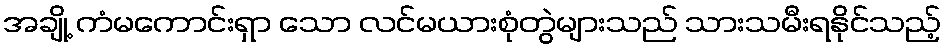
အချို့ ကံမကောင်းရှာ သော လင်မယားစုံတွဲများသည် သားသမီးရနိုင်သည့်